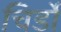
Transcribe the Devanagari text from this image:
चिर्डो